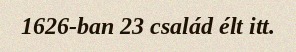
1626-ban 23 család élt itt.